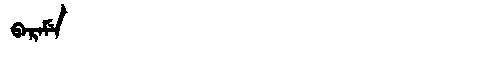
Manchu: ᠪᠠᡵᠠᠮᡝ
Romanization: BARAME